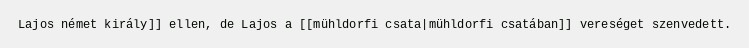
Lajos német király]] ellen, de Lajos a [[mühldorfi csata|mühldorfi csatában]] vereséget szenvedett.